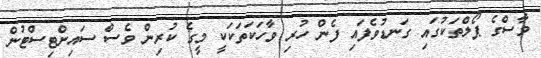
މާސްގެ ޕޯލްތަކުގައި ގަނޑުވެފައި ފެން ހުރި ވާހަކަތަކަކީ މީގެ ކުރިން ވެސް ސައިންޓިސްޓުން